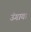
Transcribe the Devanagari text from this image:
उंगावा